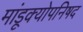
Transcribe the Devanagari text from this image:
मांडूक्योपनिषद